Vital statistics of India. Vol. VI, European troops 1870-79
Year: 1870
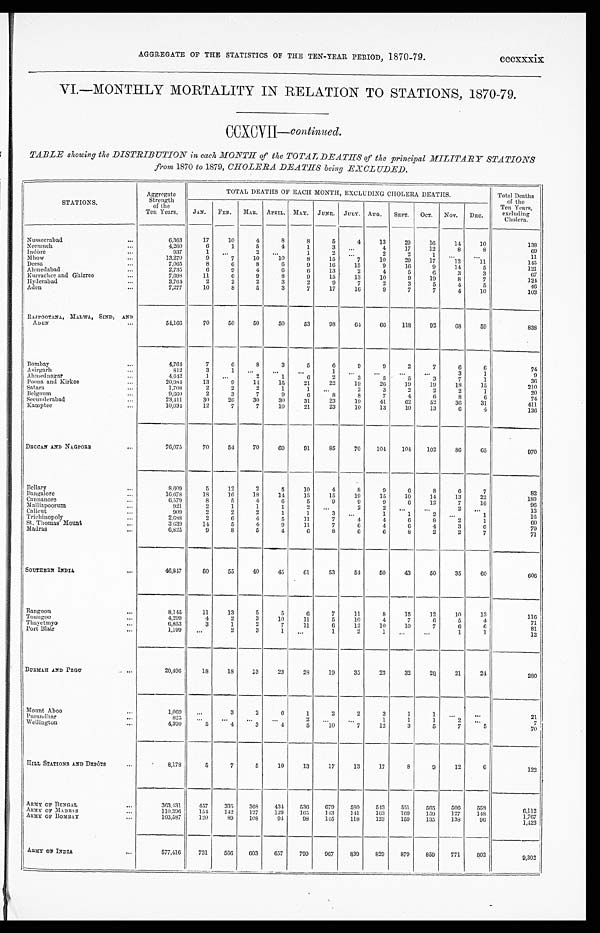
AGGREGATE OF THE STATISTICS OF THE TEN-YEAR PERIOD, 1870-79. cccxxxix
VI.—MONTHLY MORTALITY IN RELATION TO STATIONS, 1870-79.
CCXCVII— continued.
TABLE showing the DISTRIBUTION in each MONTH of the TOTAL DEATHS of the principal MILITARY STATIONS
from 1870 to 1879, CHOLERA DEATHS being EXCLUDED.
STATIONS.
Aggregate
Strength
of the
Ten Years.
TOTAL DEATHS OF EACH MONTH, EXCLUDING CHOLERA DEATHS.
Total Deaths
of the
Ten Years,
excluding
Cholera.
JAN. FEB. MAR. APRIL. MAY. JUNE. JULY. AUG. SEPT. OCT. NOV. DEC.
Nusseerabad
...
6,363
17
10
4
8
8
5
4
13
29
16
14
1 0
138
Neemuch
...
4,260
6
1
5
4
1
3
. . .
4
17
12
8
8
69
Indore
. . .
937
1 ...
2
. . .
1
2 ...
2
2
1
. . .
. . .
11
Mhow
. . .
13,270
9
7
10
10
8
15
7
10
29
17
12
11
145
Deesa
. . .
7,065
8
6
8
6
9
16
15
9
16
9
14
5
121
Ahmedabad
. . .
2,735
6
9
4
6
6
1 3
2
4 5
6
3
3
67
Kurrachee and Ghizree
...
7,698
11
6
9
8
9
15
13
10
9
19
8
7
124
Hyderabad
...
3,764
2
2
2
3
2
9
7
2
3
5
4
5
46
Aden
. . .
7,277
10
8
5
3
7
1 7
1 6
9
7
7
4
10
103
RAJPOOTANA, MALWA, SIND, AND
ADEN ...
54,166
70
50
50
50
53
98
64
66
118
92
6 8
5 9
838
Bombay
...
4 , 7 6 4
7
6
8
3
5
6
9
9
2
7
6
6
74
Asirgarh
...
812
3
1 . . . ...
...
1 ...
...
. . . ...
3
1
9
Ahmednagar
. . .
4,642
1 ...
2
1
6
2
3
5
5
3
7
1
36
Poona and Kirkee
. . .
20,984
13
9
14
15
21
22
19
26
19
19
18
15
210
Satara
. . .
1,708
2
2
2
1
1 ...
2
3
2
2
2
1
20
Belgaum
...
9,660
2
3
7
9
6
8
8
7
4
6
8
6
74
Secunderabad
...
23,411
30
26
30
30
31
23
19
41
62
52
36
31
411
Kamptee
. . .
10,034
12
7
7
1 0
21
2 3
1 0
13
1 0
1 3
6
4
136
DECCAN AND NAGPORE
...
76,075
70
54
70
69
91
85
70
104 104 102
86
65
970
Bellary
...
8,609
5
12
2
5
10
4
8
9
6
8
6
7
82
Bangalore
...
16,678
18
16
18
14
15
15
19
15
10
14
13
22
189
Cannanore
. . .
6,579
8
5
4
6
5
9
9
9
6
12
7
16
96
Malliapoorum
. . .
921
2
1
1
1
2
. . .
2 2
. . .
. . .
2 . . .
13
Calicut
...
909
2
2
2
1
1
3
. . .
1
1
2 ...
1
16
Trichinopoly
...
2,688
2
6
4
5
11
7
4
4
6
8
2
1
60
St. Thomas' Mount
...
3,639
14
5
4
9
11
7
6
4
6
4
3
6
79
Madras
...
6,825
9
8
5
4
6
8
6
6
8
2
2
7
71
SOUTHERN INDIA
...
46,847
6 0 55
40
45
61
53
54
50
43
50
35
60
606
Rangoon
...
8 , 1 4 5
11
13
5
5
6
7
11
8
15
12
10
13
116
Toungoo
...
4,299
4
2
3
10
1 1 5
10
4
7
6
5
4
71
Thayetmyo
. . .
6,853
3
1
2
7
11
6
12.
10
10
7
6
6
81
Port Blair
. . .
1,199 . . .
2
3
1
. . .
1
2
1
. . .
...
1
1
12
BURMAH AND PEGU
...
20,496
18
18
13
23
28
19
35
23
32
26
21
24
280
Mount Aboo
...
1,069 . . .
3
2
6
1
2
2
3
1
1 ...
...
21
Purandhar
...
825
. . .
. . .
. . .
. . . 2
. . . . . . .
1
1
1
2
. . .
7
Wellington
...
4,390
5
4
3
4
5
10
7
12
3
5
7
5
70
HILL STATIONS AND DEPÔTS ...
8,178
5
7
5
10
13
17
13
17
8
9
12
6
122
ARMY OF BENGAL
...
363,431
457
335
368
434
536
679 580
543 551
565
506
558
6 , 1 1 2
ARMY OF MADRAS
. . .
110,396
154 142
127
129 165 143
141
163
169 159
127
148
1,767
ARMY OF BOMBAY
. . .
103,587
120
89
108
94
98
145
118
123
159
135
138
96
1,423
ARMY OF INDIA
...
5 7 7 , 4 1 6 731
566 603 657
799
967
839
829
879
859
771
802
9,302